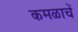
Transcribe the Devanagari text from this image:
कमळाचें